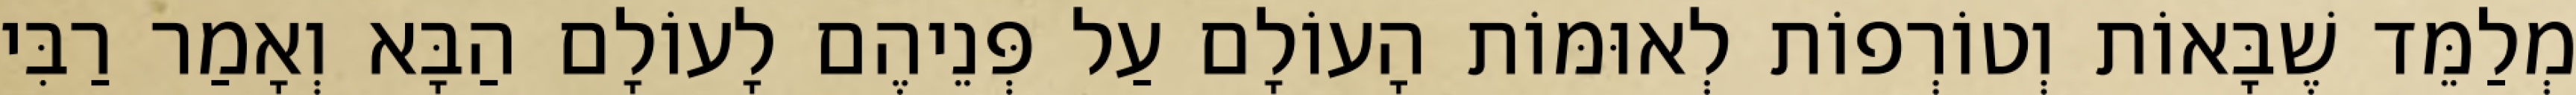
מְלַמֵּד שֶׁבָּאוֹת וְטוֹרְפוֹת לְאוּמּוֹת הָעוֹלָם עַל פְּנֵיהֶם לָעוֹלָם הַבָּא וְאָמַר רַבִּי